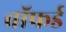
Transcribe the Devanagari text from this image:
वॉफर्ड